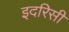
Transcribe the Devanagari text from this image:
इदरिसी